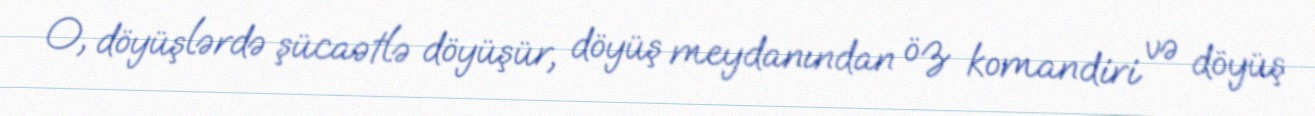
O, döyüşlərdə şücaətlə döyüşür, döyüş meydanından öz komandiri və döyüş